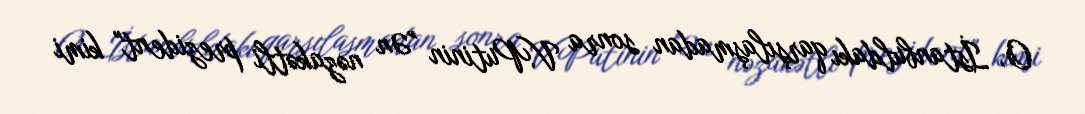
O, İstanbuldakı qarşılaşmadan sonra V.Putinin "Ən nəzakətli prezident" kimi